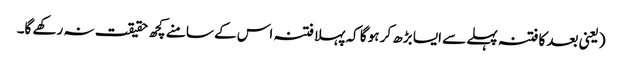
(یعنی بعد کا فتنہ پہلے سے ایسا بڑھ کر ہو گا کہ پہلا فتنہ اس کے سامنے کچھ حقیقت نہ رکھے گا۔